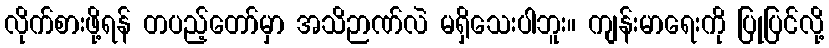
လိုက်စားဖို့ရန် တပည့်တော်မှာ အသိဉာဏ်လဲ မရှိသေးပါဘူး။ ကျန်းမာရေးကို ပြုပြင်လို့